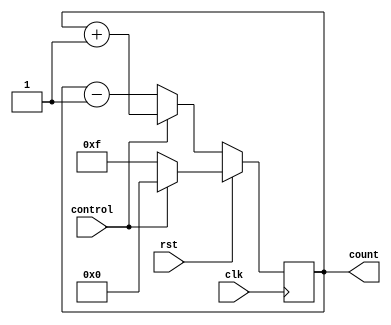
// Code your design here
module Day17_Up_Dowm_Counter( input clk,     // Clock Signal
                        input rst,     // Reset Control Signal
                        input control, // Control Signal: Control = 1 for Up Counter, Control = 0 for Down Counter
                        output reg [3:0]count); // 4 bit output value
    initial
    begin
        count <= 4'b0111;                           // Initially the counter is set to 7 (The middle value)
    end

    always @ (posedge clk)
    begin
      if(rst) 
        count <= control ? 4'b0000 : 4'b1111;      // Reset values are different depending upon the mode of counter selected
      else
        count <= control ? (count + 4'b0001) : (count - 4'b0001);  // Different Count actions depending upon the mode of selection
    end

endmodule